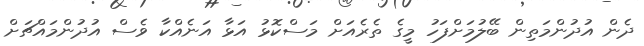
ދެން އުދުންމަތިން ބޭލުމަށްފަހު މީގެ ތެރެއަށް މަސްކޮޅު އަޅާ އަނެއްކާ ވެސް އުދުންމައްޗަށް